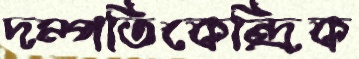
দম্পতিকেন্দ্রিক